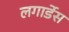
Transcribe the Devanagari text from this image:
लगार्डेस